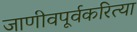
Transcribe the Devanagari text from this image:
जाणीवपूर्वकरित्या